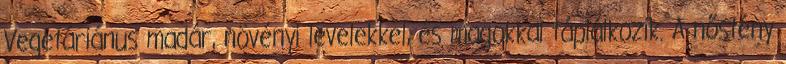
Vegetáriánus madár, növényi levelekkel, és magokkal táplálkozik. A nőstény